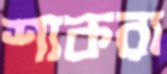
শাকরা